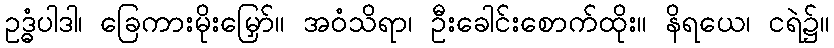
ဥဒ္ဓံပါဒါ၊ ခြေကားမိုးမြှော်။ အဝံသိရာ၊ ဦးခေါင်းစောက်ထိုး။ နိရယေ၊ ငရဲ၌။